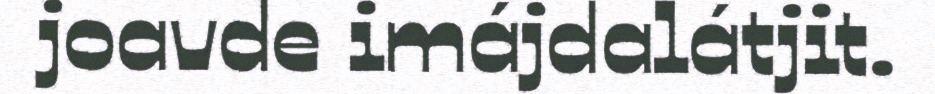
joavde imájdalátjit.